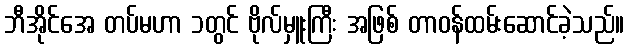
ဘီအိုင်အေ တပ်မဟာ ၁တွင် ဗိုလ်မှူးကြီး အဖြစ် တာဝန်ထမ်းဆောင်ခဲ့သည်။